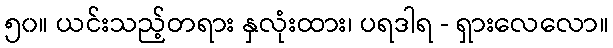
၅၀။ ယင်းသည့်တရား နှလုံးထား၊ ပရဒါရ - ရှားလေလော။